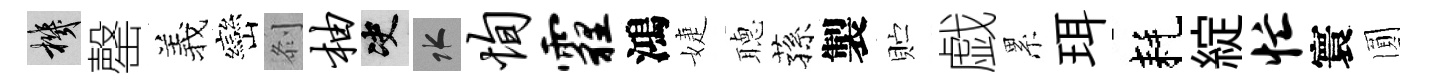
機罄羲巒𠛴柚决水恂霾鴻婕𦗟蓀製贮戯累珥耗綻忙寰圎